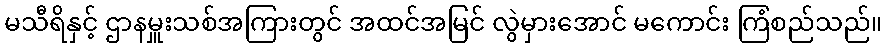
မသီရိနှင့် ဌာနမှူးသစ်အကြားတွင် အထင်အမြင် လွဲမှားအောင် မကောင်း ကြံစည်သည်။